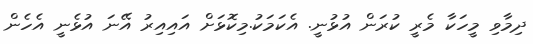
ދިމާވި މީހަކާ މެރީ ކުރަން އުޅުނީ. އެކަމަކު.މިކޮޅަށް އައިއިރު އޭނަ އުޅެނީ އެހެން